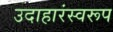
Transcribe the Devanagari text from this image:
उदाहारंस्वरूप